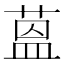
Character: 蒕